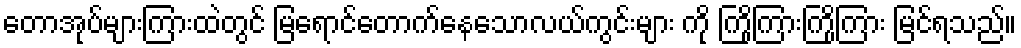
တောအုပ်များကြားထဲတွင် မြရောင်တောက်နေသောလယ်ကွင်းများ ကို ကြိုကြားကြိုကြား မြင်ရသည်။